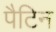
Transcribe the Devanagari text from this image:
पैटिन